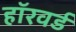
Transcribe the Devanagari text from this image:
हॉरवर्ड